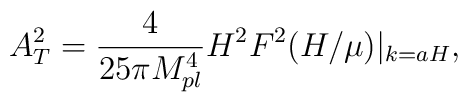
A_T^2 = \frac{4}{25 \pi M_{pl}^4} H^2 F^2(H/\mu)|_{k=aH},